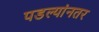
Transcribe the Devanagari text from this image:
पडल्यांनतर